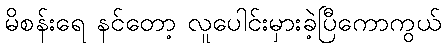
မိစန်းရေ နင်တော့ လူပေါင်းမှားခဲ့ပြီကောကွယ်